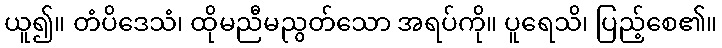
ယူ၍။ တံပိဒေသံ၊ ထိုမညီမညွတ်သော အရပ်ကို။ ပူရေသိ၊ ပြည့်စေ၏။